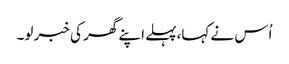
اُس نے کہا،پہلے اپنے گھر کی خبر لو۔